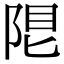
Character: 𨹨